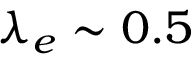
\lambda _ { e } \sim 0 . 5